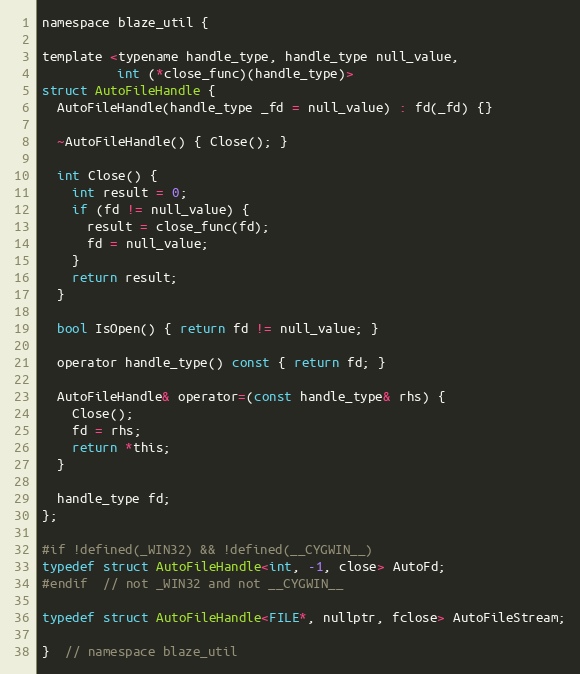
Language: C
namespace blaze_util {

template <typename handle_type, handle_type null_value,
          int (*close_func)(handle_type)>
struct AutoFileHandle {
  AutoFileHandle(handle_type _fd = null_value) : fd(_fd) {}

  ~AutoFileHandle() { Close(); }

  int Close() {
    int result = 0;
    if (fd != null_value) {
      result = close_func(fd);
      fd = null_value;
    }
    return result;
  }

  bool IsOpen() { return fd != null_value; }

  operator handle_type() const { return fd; }

  AutoFileHandle& operator=(const handle_type& rhs) {
    Close();
    fd = rhs;
    return *this;
  }

  handle_type fd;
};

#if !defined(_WIN32) && !defined(__CYGWIN__)
typedef struct AutoFileHandle<int, -1, close> AutoFd;
#endif  // not _WIN32 and not __CYGWIN__

typedef struct AutoFileHandle<FILE*, nullptr, fclose> AutoFileStream;

}  // namespace blaze_util